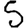
Digit: 5